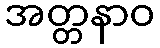
အတ္တနာဝ